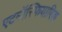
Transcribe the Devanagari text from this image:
एटमॉस्फियारिक